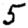
Digit: 5